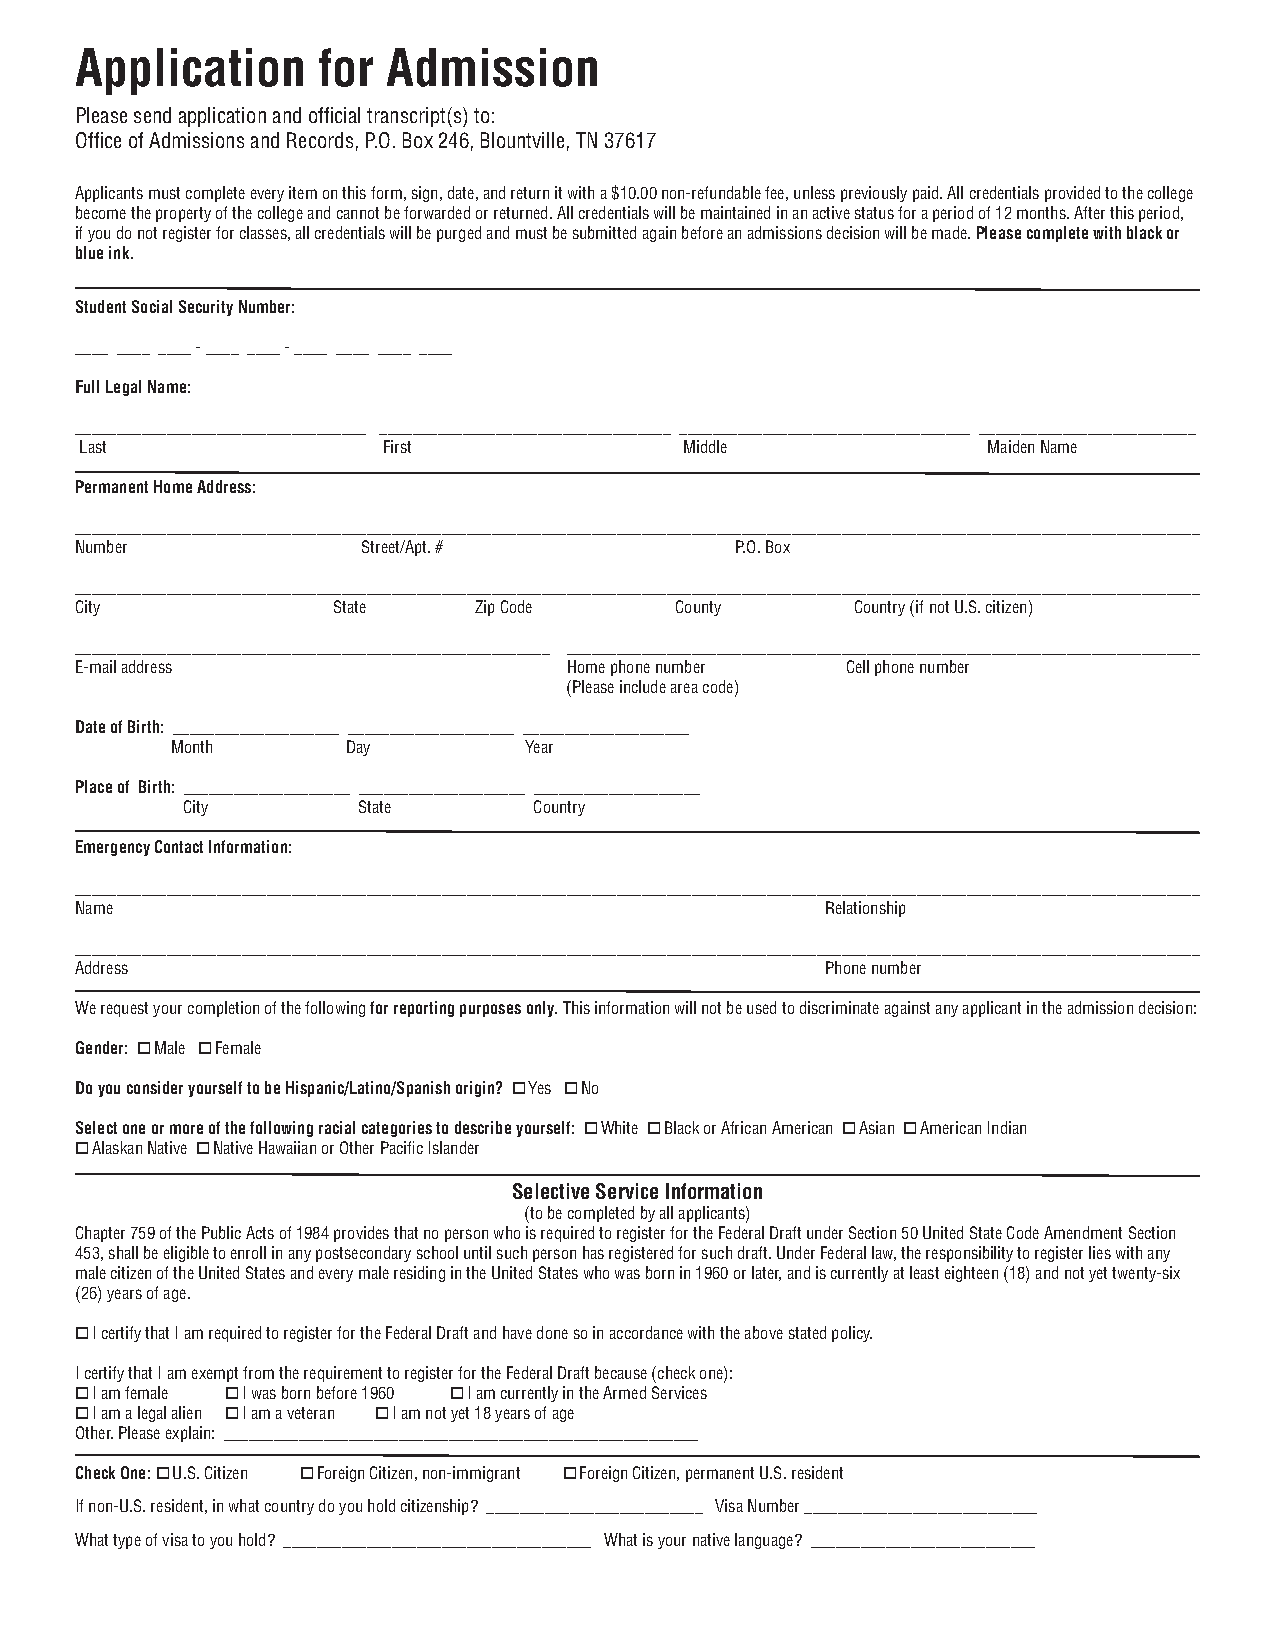
Application     for  Admission
 Please send application and official transcript(s) to:
 Office of Admissions and Records, P.O. Box 246, Blountville, TN 37617
 Applicants must complete every item on this form, sign, date, and return it with a $10.00 non-refundable fee, unless previously paid. All credentials provided to the college
 become the property of the college and cannot be forwarded or returned. All credentials will be maintained in an active status for a period of 12 months. After this period,
 if you do not register for classes, all credentials will be purged and must be submitted again before an admissions decision will be made. Please complete with black or
 blue ink.
 Student Social Security Number:
 ____ ____ ____ - ____ ____ - ____ ____ ____ ____
 Full Legal Name:
 ___________________________________ ___________________________________ ___________________________________ __________________________
 Last                First               Middle              Maiden Name
 Permanent Home Address:
 _______________________________________________________________________________________________________________________________________
 Number             Street/Apt. #            P.O. Box
 _______________________________________________________________________________________________________________________________________
 City             State    Zip Code      County      Country (if not U.S. citizen)
 _________________________________________________________ ____________________________________________________________________________
 E-mail address                   Home phone number Cell phone number
 (Please include area code)
 Date of Birth: ____________________ ____________________ ____________________
 Month       Day         Year
 Place of Birth: ____________________ ____________________ ____________________
 City        State      Country
 Emergency Contact Information:
 _______________________________________________________________________________________________________________________________________
 Name                                              Relationship
 _______________________________________________________________________________________________________________________________________
 Address                                           Phone number
 We request your completion of the following for reporting purposes only. This information will not be used to discriminate against any applicant in the admission decision:
 Gender: o Male o Female
 Do you consider yourself to be Hispanic/Latino/Spanish origin? o Yes o No
 Select one or more of the following racial categories to describe yourself: o White o Black or African American o Asian o American Indian
 o Alaskan Native o Native Hawaiian or Other Pacific Islander
 Selective Service Information
 (to be completed by all applicants)
 Chapter 759 of the Public Acts of 1984 provides that no person who is required to register for the Federal Draft under Section 50 United State Code Amendment Section
 453, shall be eligible to enroll in any postsecondary school until such person has registered for such draft. Under Federal law, the responsibility to register lies with any
 male citizen of the United States and every male residing in the United States who was born in 1960 or later, and is currently at least eighteen (18) and not yet twenty-six
 (26) years of age.
 o I certify that I am required to register for the Federal Draft and have done so in accordance with the above stated policy.
 I certify that I am exempt from the requirement to register for the Federal Draft because (check one):
 o I am female o I was born before 1960 o I am currently in the Armed Services
 o I am a legal alien o I am a veteran o I am not yet 18 years of age
 Other. Please explain: _________________________________________________________
 Check One: o U.S. Citizen o Foreign Citizen, non-immigrant o Foreign Citizen, permanent U.S. resident
 If non-U.S. resident, in what country do you hold citizenship? __________________________ Visa Number ____________________________
 What type of visa to you hold? _____________________________________ What is your native language? ___________________________